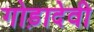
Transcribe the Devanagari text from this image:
गोड़ादेवी